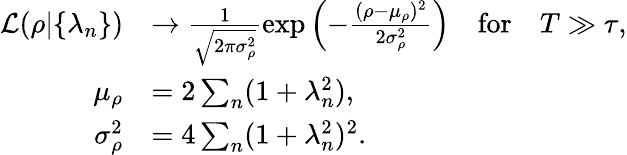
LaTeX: \begin{array}{rl}{{\mathcal L}(\rho|\{ \lambda_{n}\} )}&{\to\frac{1}{\sqrt{2\pi\sigma_{\rho}^{2}}}\exp\left(-\frac{(\rho-\mu_{\rho})^{2}}{2\sigma_{\rho}^{2}}\right)\quad\mathrm{for}\quad T\gg\tau,}\\ {\mu_{\rho}}&{=2\sum_{n}(1+\lambda_{n}^{2}),}\\ {\sigma_{\rho}^{2}}&{={4}\sum_{n}(1+\lambda_{n}^{2})^{2}.}\end{array}